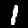
Digit: 1